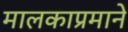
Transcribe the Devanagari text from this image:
मालकाप्रमाने